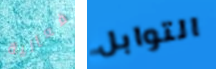
فعالية التوابل